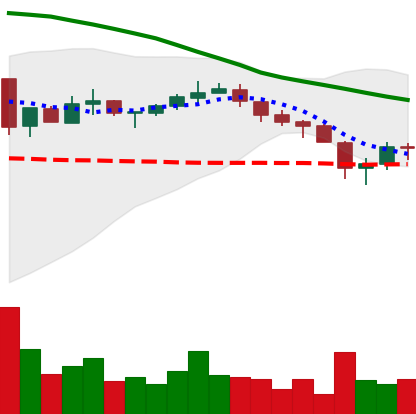
Ticker: XRP-USD
Chart end date: 2018-05-14
Forward return: -8.663%
Label: down_7plus